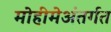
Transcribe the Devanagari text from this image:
मोहीमेअंतर्गत